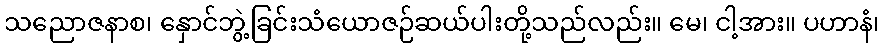
သညောဇနာစ၊ နှောင်ဘွဲ့ခြင်းသံယောဇဉ်ဆယ်ပါးတို့သည်လည်း။ မေ၊ ငါ့အား။ ပဟာနံ၊